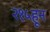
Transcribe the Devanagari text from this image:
२१५हून